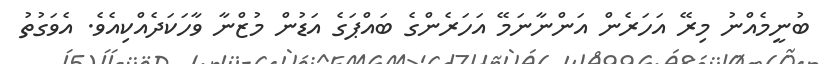
ބުނީމެއްނު މިރޭ އަހަރެން އަންނާނަމޭ އަހަރެންގެ ބައްޕަގެ އަޑުން މުޒްނާ ވާހަކަދެއްކިއެވެ. އެވަގުތު